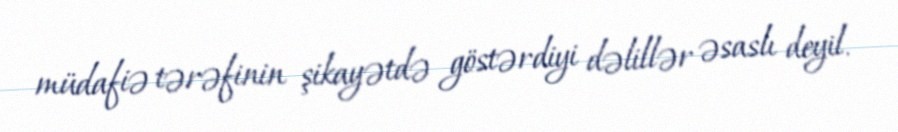
müdafiə tərəfinin şikayətdə göstərdiyi dəlillər əsaslı deyil.